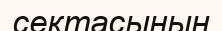
сектасының